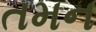
તમન